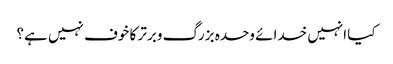
کیا انہیں خدائے وحدہ بزرگ وبرتر کا خوف نہیں ہے؟